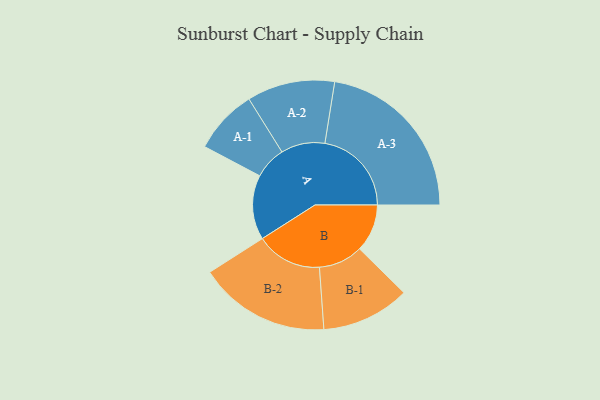
{"axis": {"x": "Segment", "y": "Value"}, "legend": ["", "A", "B"], "data": [{"x": "A", "y": 206, "type": ""}, {"x": "B", "y": 152, "type": ""}, {"x": "A-1", "y": 103, "type": "A"}, {"x": "A-2", "y": 140, "type": "A"}, {"x": "A-3", "y": 276, "type": "A"}, {"x": "B-1", "y": 141, "type": "B"}, {"x": "B-2", "y": 210, "type": "B"}]}